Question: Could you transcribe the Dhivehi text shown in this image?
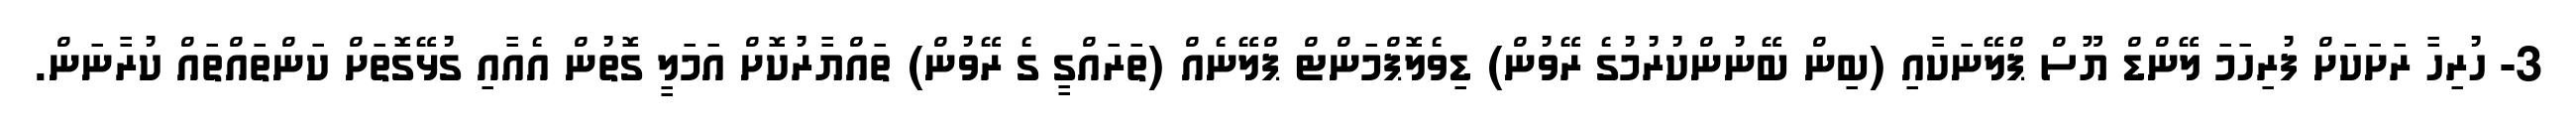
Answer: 3- ހުރިހާ ރަށަކަށް ފުރިހަމަ ލޭންޑް ޔޫސް ޕްލޭނަކާއި (ބިން ބޭނުންކުރުމުގެ ރޭވުން) ޑިވެލޮޕްމަންޓް ޕްލޭނެއް (ތަރައްގީ ގެ ރޭވުން) ތައްޔާރުކޮށް އަމަލީ ގޮތުން އެއާއި ގުޅޭގޮތަށް ކަންތައްތައް ކުރާނަން.